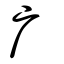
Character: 广